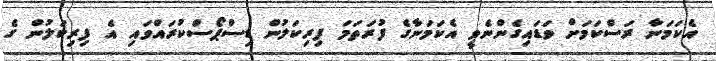
އެކަމަނާ ރަސްކަމަށް ވަޑައިގެންނެވީ އެކަމަނާގެ ފުރަތަމަ ފިރިކަލުން ޑިސްޕޯސްކުރައްވައި އެ ފިރިކަލުން ގެ